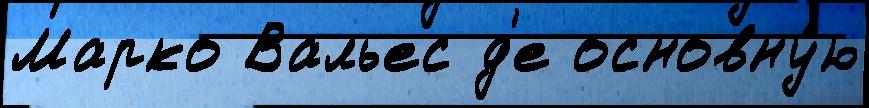
Марко Вальес д'е основну́ю